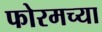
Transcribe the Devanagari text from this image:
फोरमच्या